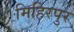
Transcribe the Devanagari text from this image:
मिहिरपुर